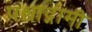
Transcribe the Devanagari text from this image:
पश्चाद्गामी